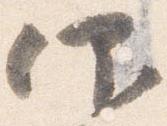
仰